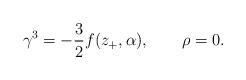
LaTeX: \begin{align*}\gamma^{3}=-\frac{3}{2}f(z_{+},\alpha),\qquad\rho=0.\end{align*}